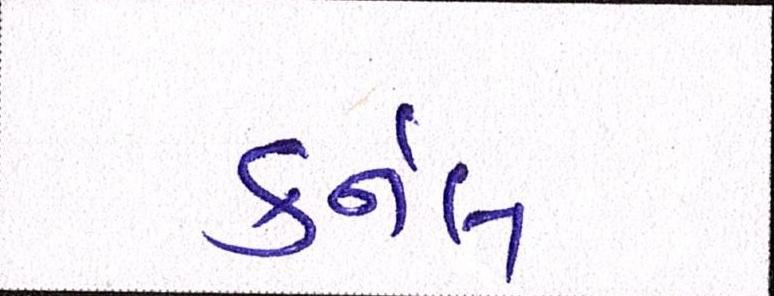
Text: કર્નલ